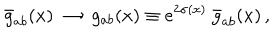
\bar { g } _ { a b } ( x ) \ \rightarrow \ g _ { a b } ( x ) \equiv e ^ { 2 \sigma ( x ) } \ \bar { g } _ { a b } ( x ) \, ,